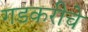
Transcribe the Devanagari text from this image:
गडकरीचे